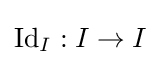
\operatorname {Id} _{I}:I\to I